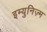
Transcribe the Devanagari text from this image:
इम्युनिज़्म